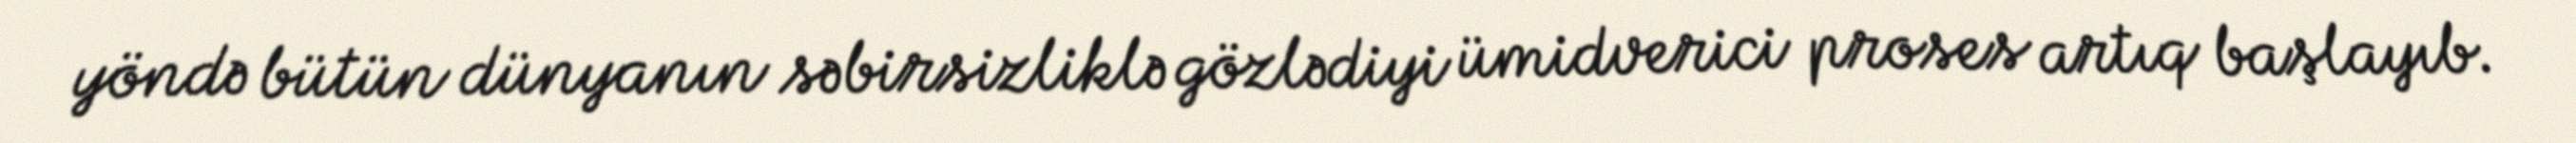
yöndə bütün dünyanın səbirsizliklə gözlədiyi ümidverici proses artıq başlayıb.